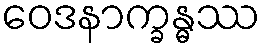
ဝေဒနာက္ခန္ဓဿ